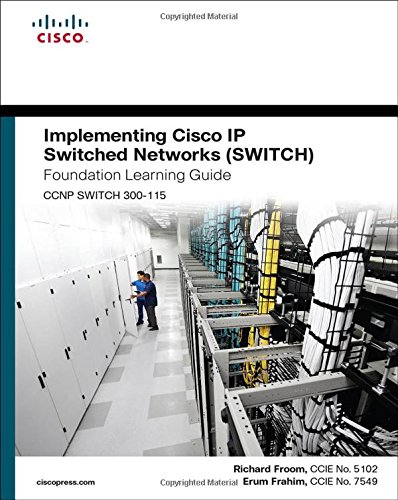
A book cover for Implementing Cisco IP Switched Networks (SWITCH) Foundation Learning Guide: (CCNP SWITCH 300-115) (Foundation Learning Guides); Richard Froom; Computers & Technology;